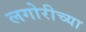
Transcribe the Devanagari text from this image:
लगोरीच्या